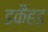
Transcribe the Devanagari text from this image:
डकैहड़